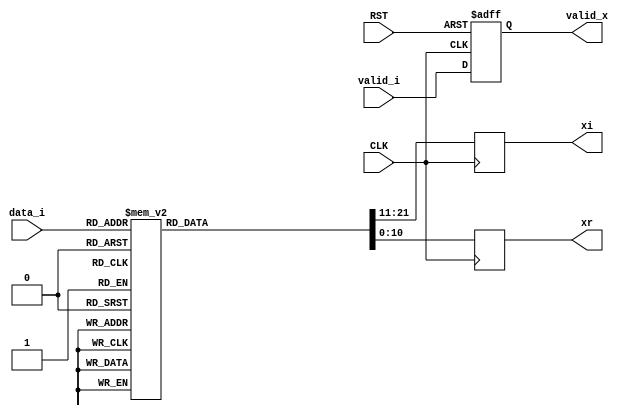

module qam16
  (
   input                    CLK,
   input                    RST,

   input                    valid_i,
   input [3:0]              data_i,

   output reg               valid_x,
   output reg signed [10:0] xr,
   output reg signed [10:0] xi
   );

    localparam p3 =  11'sd6;
    localparam p1 =  11'sd2;
    localparam m1 = -11'sd2;
    localparam m3 = -11'sd6;

    always @(posedge CLK or negedge RST)
      if (!RST) begin
          valid_x <= 1'b0;
      end else begin
          valid_x <= valid_i;
      end

    always @(posedge CLK)
      case (data_i)
      4'd0: begin
          xr <= m1;
          xi <= m1;
      end
      4'd1: begin
          xr <= m1;
          xi <= m3;
      end
      4'd2: begin
          xr <= m3;
          xi <= m1;
      end
      4'd3: begin
          xr <= m3;
          xi <= m3;
      end
      4'd4: begin
          xr <= m1;
          xi <= p1;
      end
      4'd5: begin
          xr <= m1;
          xi <= p3;
      end
      4'd6: begin
          xr <= m3;
          xi <= p1;
      end
      4'd7: begin
          xr <= m3;
          xi <= p3;
      end
      4'd8: begin
          xr <= p1;
          xi <= m1;
      end
      4'd9: begin
          xr <= p1;
          xi <= m3;
      end
      4'd10: begin
          xr <= p3;
          xi <= m1;
      end
      4'd11: begin
          xr <= p3;
          xi <= m3;
      end
      4'd12: begin
          xr <= p1;
          xi <= p1;
      end
      4'd13: begin
          xr <= p1;
          xi <= p3;
      end
      4'd14: begin
          xr <= p3;
          xi <= p1;
      end
      4'd15: begin
          xr <= p3;
          xi <= p3;
      end
      default:
        ;
      endcase // case (d[1:0])

endmodule